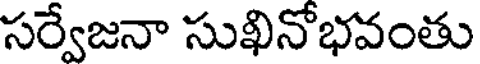
సర్వేజనా సుఖినోభవంతు